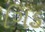
ગિડ